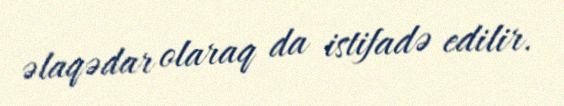
əlaqədar olaraq da istifadə edilir.